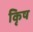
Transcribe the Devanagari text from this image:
कृिष